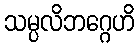
သမ္ပလိဘဂ္ဂေဟိ